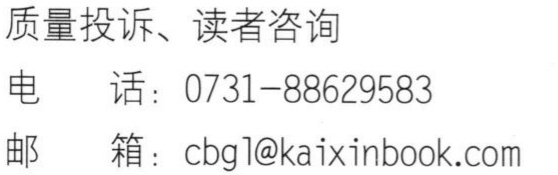
质量投诉、读者咨询
电  话：0731-88629583
邮  箱：cbgl@kaixinbook.com